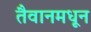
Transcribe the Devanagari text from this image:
तैवानमधून